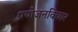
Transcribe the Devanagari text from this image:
प्रयोजनविचार